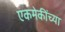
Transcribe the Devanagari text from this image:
एकमेकींच्या